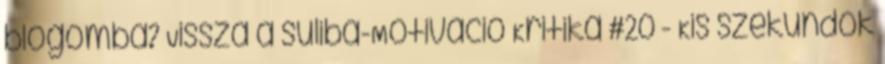
blogomba? Vissza a suliba-Motiváció Kritika #20 - Kis szekundok